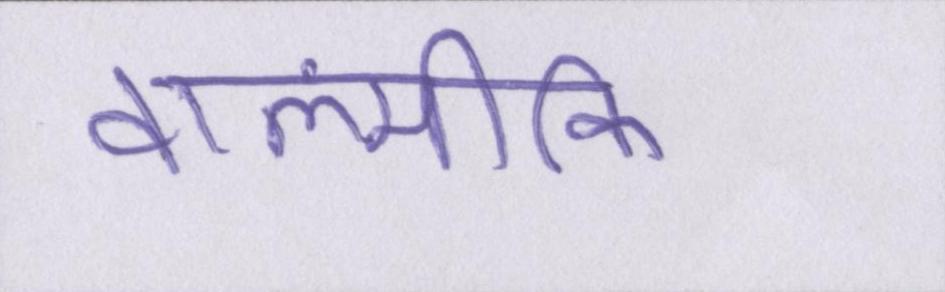
वाल्मीकि